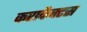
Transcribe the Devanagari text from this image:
कराकैक्टस